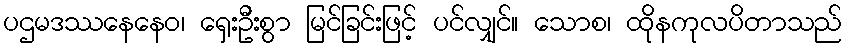
ပဌမဒဿနေနေဝ၊ ရှေးဦးစွာ မြင်ခြင်းဖြင့် ပင်လျှင်။ သောစ၊ ထိုနကုလပိတာသည်